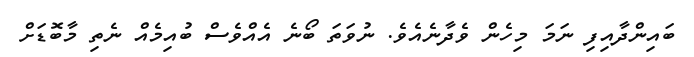
ބައިންދާއިފި ނަމަ މިހެން ވެދާނެއެވެ. ނުވަތަ ބޯނެ އެއްވެސް ބުއިމެއް ނެތި މާބޮޑަށް